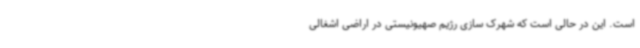
است. این در حالی است که شهرک سازی رژیم صهیونیستی در اراضی اشغالی